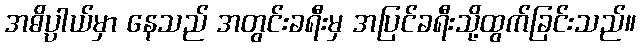
အဓိပ္ပါယ်မှာ နေသည် အတွင်းခရီးမှ အပြင်ခရီးသို့ထွက်ခြင်းသည်။